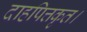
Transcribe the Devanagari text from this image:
दाहपित्तकृत।